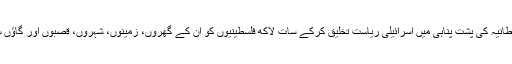
یہ وہ دن ہے جب 1948ء میں برطانیہ کی پشت پناہی میں اسرائیلی ریاست تخلیق کرکے سات لاکھ فلسطینیوں کو اُن کے گھروں، زمینوں، شہروں، قصبوں اور گاؤں سے بزورِ طاقت بیدخل کیا گیا تھا۔